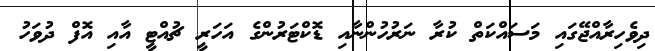
ދިވެހިރާއްޖޭގައި މަސައްކަތް ކުރާ ނަރުހުންނާއި ޑޮކްޓަރުންގެ އަހަރީ ޗުއްޓީ އާއި އޮފް ދުވަހު